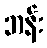
ဘန်း